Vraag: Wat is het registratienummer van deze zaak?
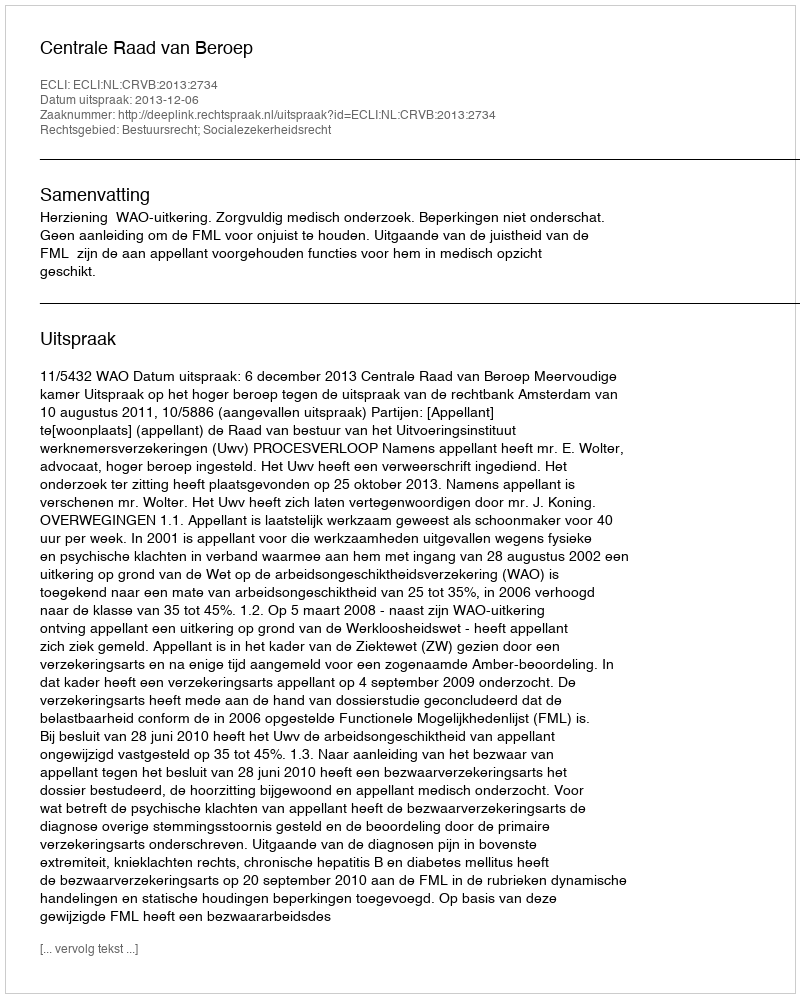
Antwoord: http://deeplink.rechtspraak.nl/uitspraak?id=ECLI:NL:CRVB:2013:2734